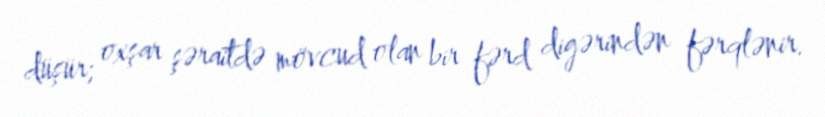
düşür; oxşar şəraitdə mövcud olan bir fərd digərindən fərqlənir.